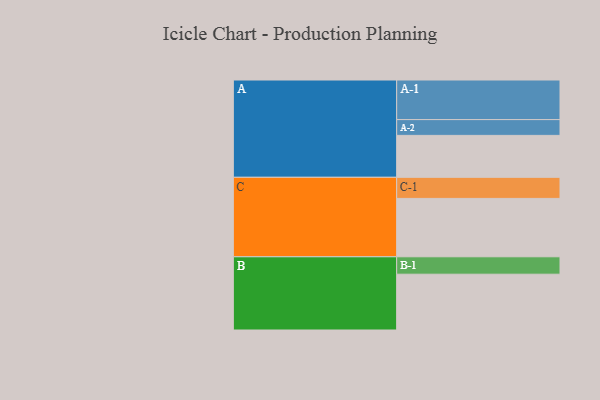
{"axis": {"x": "Segment", "y": "Value"}, "legend": ["", "A", "B", "C"], "data": [{"x": "A", "y": 308, "type": ""}, {"x": "B", "y": 410, "type": ""}, {"x": "C", "y": 429, "type": ""}, {"x": "A-1", "y": 291, "type": "A"}, {"x": "A-2", "y": 116, "type": "A"}, {"x": "B-1", "y": 128, "type": "B"}, {"x": "C-1", "y": 155, "type": "C"}]}